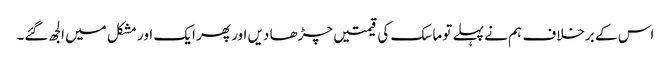
اس کے برخلاف ہم نے پہلے تو ماسک کی قیمتیں چڑھا دیں اور پھر ایک اور مشکل میں الجھ گئے۔